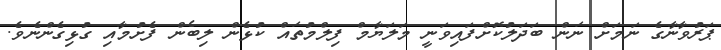
ޕަރުވާނާގެ ނަމަށް ނަން ބަދަލުކޮށްފައިވަނީ މަލަޔާމް ފިލްމުތައް ކުޅެން ލިބެން ފެށުމާއި ގުޅިގެންނެވެ.